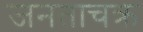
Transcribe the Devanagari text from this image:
जनताचक्र